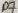
Text: D7